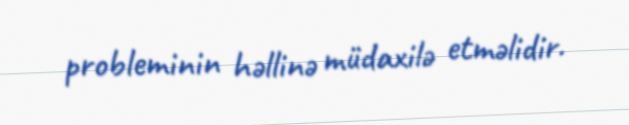
probleminin həllinə müdaxilə etməlidir.